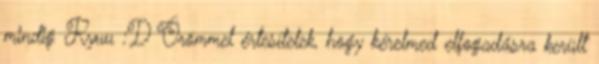
mindig Ryuu :'D Örömmel értesítelek, hogy kérelmed elfogadásra került